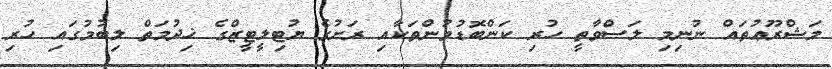
މަޝްރޫޢުތައް ނުނިމި ލަސްވާތީ ހުރި ކަންބޮޑުވުންތަކާއި ރަށުގެ ޔުޓިލީޓީޒްގެ ޚިދުމަތް ލިބުމުގައި ހުރި